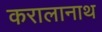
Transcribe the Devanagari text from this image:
करालानाथ